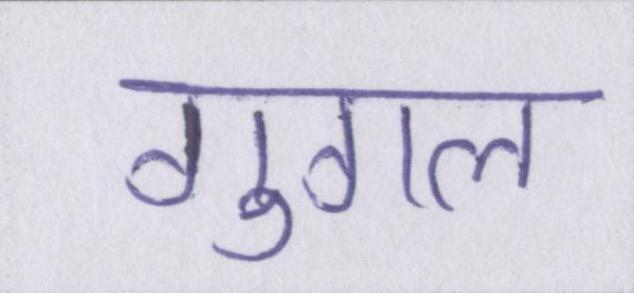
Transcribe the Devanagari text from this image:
गुगल